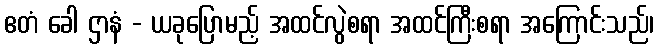
ဧတံ ခေါ ဌာနံ - ယခုပြောမည့် အထင်လွဲစရာ အထင်ကြီးစရာ အကြောင်းသည်၊